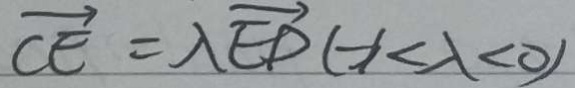
\overrightarrow { C E } = \lambda \overrightarrow { E D } ( x < \lambda < 0 )